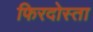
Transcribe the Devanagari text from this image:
फिरदोस्ता